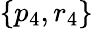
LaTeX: \{ p_{4},r_{4}\}